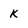
Character: K